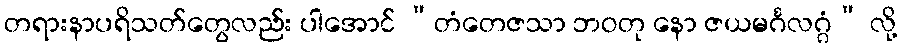
တရားနာပရိသတ်တွေလည်း ပါအောင် “တံတေဇသာ ဘဝတု နော ဇယမင်္ဂလဂ္ဂံ” လို့